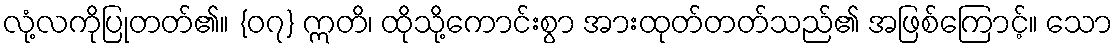
လုံ့လကိုပြုတတ်၏။ {၀၇} ဣတိ၊ ထိုသို့ကောင်းစွာ အားထုတ်တတ်သည်၏ အဖြစ်ကြောင့်။ သော